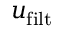
\boldsymbol { u } _ { \mathrm { f i l t } }